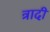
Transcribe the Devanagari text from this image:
त्रादी